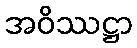
အဝိဿဋ္ဌာ